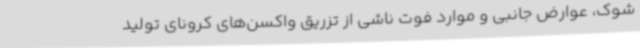
شوک، عوارض جانبی و موارد فوت ناشی از تزریق واکسن‌های کرونای تولید